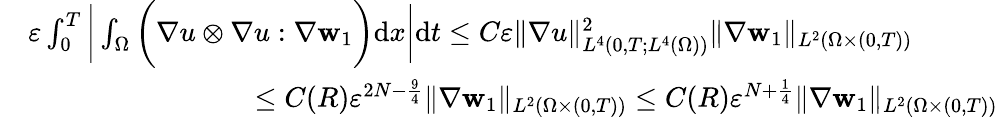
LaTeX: \begin{array}{rl}&{\varepsilon\int_{0}^{T}\bigg|\int_{\Omega}\bigg(\nabla u\otimes\nabla u:\nabla\mathbf{w}_{1}\bigg)\mathrm{d}x\bigg|\mathrm{d}t\leq C\varepsilon\| \nabla u\| _{L^{4}(0,T;L^{4}(\Omega))}^{2}\| \nabla\mathbf{w}_{1}\| _{L^{2}(\Omega\times(0,T))}}\\ &{\qquad\qquad\qquad\qquad\leq C(R)\varepsilon^{2N-\frac{9}{4}}\| \nabla\mathbf{w}_{1}\| _{L^{2}(\Omega\times(0,T))}\leq C(R)\varepsilon^{N+\frac{1}{4}}\| \nabla\mathbf{w}_{1}\| _{L^{2}(\Omega\times(0,T))}}\end{array}